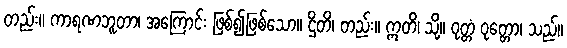
တည်း။ ကာရဏဘူတာ၊ အကြောင်း ဖြစ်၍ဖြစ်သော။ ဌိတိ၊ တည်း။ ဣတိ၊ သို့။ ဝုတ္တံ ဝုတ္တော၊ သည်။